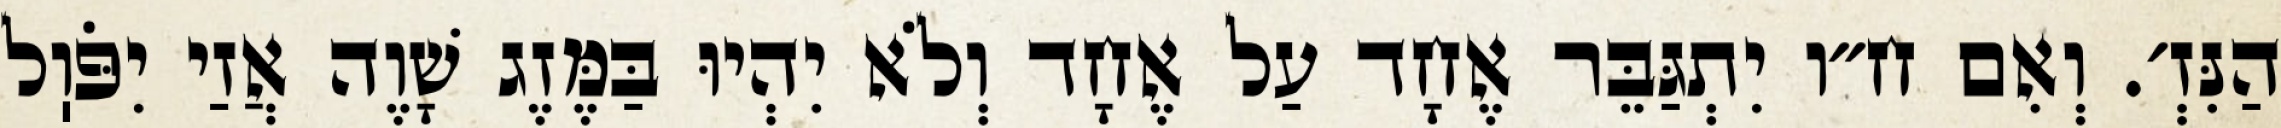
הַנִּזְ׳. וְאִם ח״ו יִתְגַּבֵּר אֶחָד עַל אֶחָד וְלֹא יִהְיוּ בַּמֶּזֶג שָׁוֶה אֲזַי יִפֹּוֽל